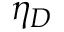
\eta _ { D }